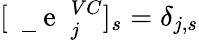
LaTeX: [\mathrm{~\mathbf~\underline{~}{~e~}~}_{j}^{VC}]_{s}=\delta_{j,s}